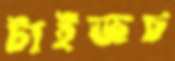
টাইজচ